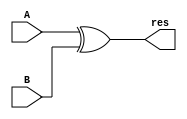
`timescale 1ns / 1ps

module xor32 (
	input [31:0] A,
	input [31:0] B,
	output [31:0] res );

	assign res = A ^ B;

endmodule